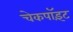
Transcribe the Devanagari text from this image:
चेकपॉइंट